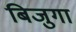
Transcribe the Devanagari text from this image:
बिजुगा